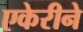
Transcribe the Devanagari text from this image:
एकेरीने